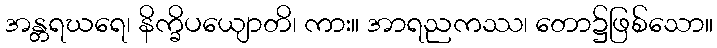
အန္တရဃရေ၊ နိက္ခိပယျောတိ၊ ကား။ အာရညကဿ၊ တော၌ဖြစ်သော။